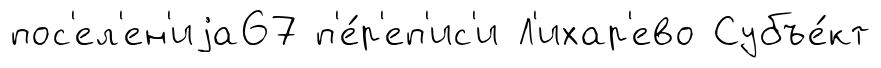
пос'ел'ен'иjа67 п'е́р'еп'ис'и Л'ихар'ево Субъе́кт